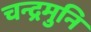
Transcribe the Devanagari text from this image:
चन्द्रमुनि